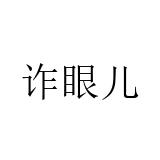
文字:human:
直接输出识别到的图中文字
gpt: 诈眼儿